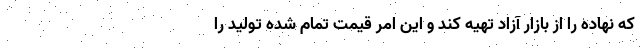
که نهاده را از بازار آزاد تهیه کند و این امر قیمت تمام شده تولید را